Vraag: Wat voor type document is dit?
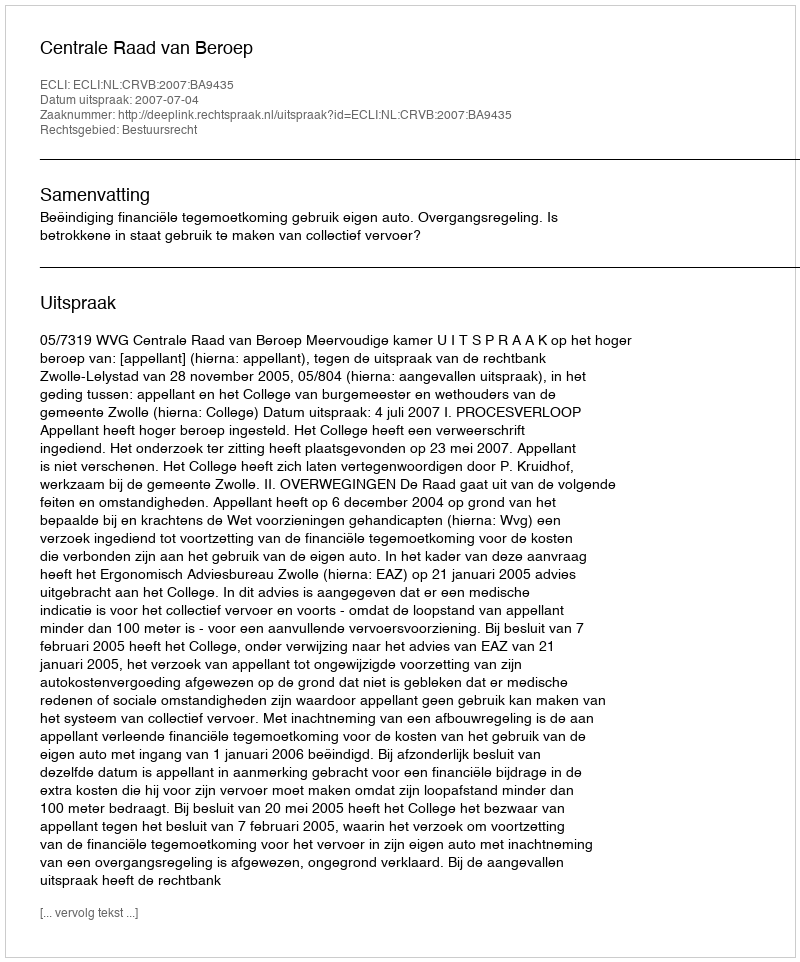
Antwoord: Uitspraak